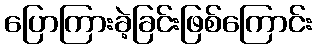
ပြောကြားခဲ့ခြင်းဖြစ်ကြောင်း